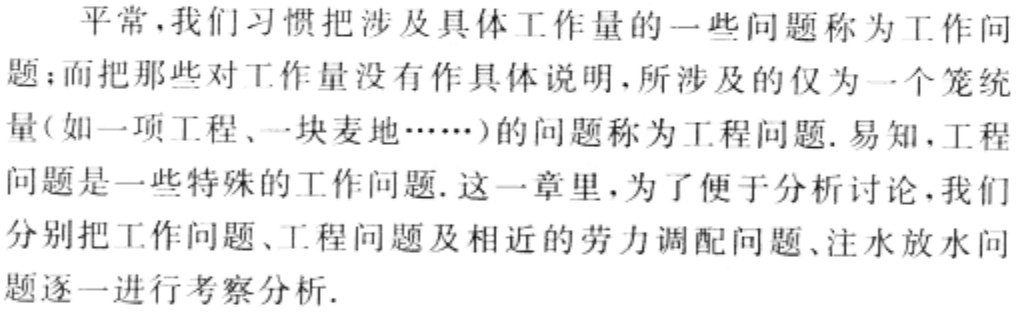
平常，我们习惯把涉及具体工作量的一些问题称为工作问题；而把那些对工作量没有作具体说明，所涉及的仅为一个笼统量(如一项工程、一块麦地……)的问题称为工程问题. 易知，工程问题是一些特殊的工作问题. 这一章里，为了便于分析讨论，我们分别把工作问题、工程问题及相近的劳力调配问题、注水放水问题逐一进行考察分析.